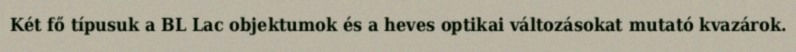
Két fő típusuk a BL Lac objektumok és a heves optikai változásokat mutató kvazárok.